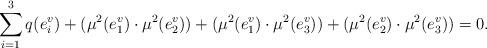
LaTeX: \begin{align*}\sum_{i=1}^3q(e_i^v)+(\mu^2(e_1^v)\cdot \mu^2(e_2^v))+(\mu^2(e_1^v)\cdot \mu^2(e_3^v))+(\mu^2(e_2^v)\cdot \mu^2(e_3^v))=0.\end{align*}